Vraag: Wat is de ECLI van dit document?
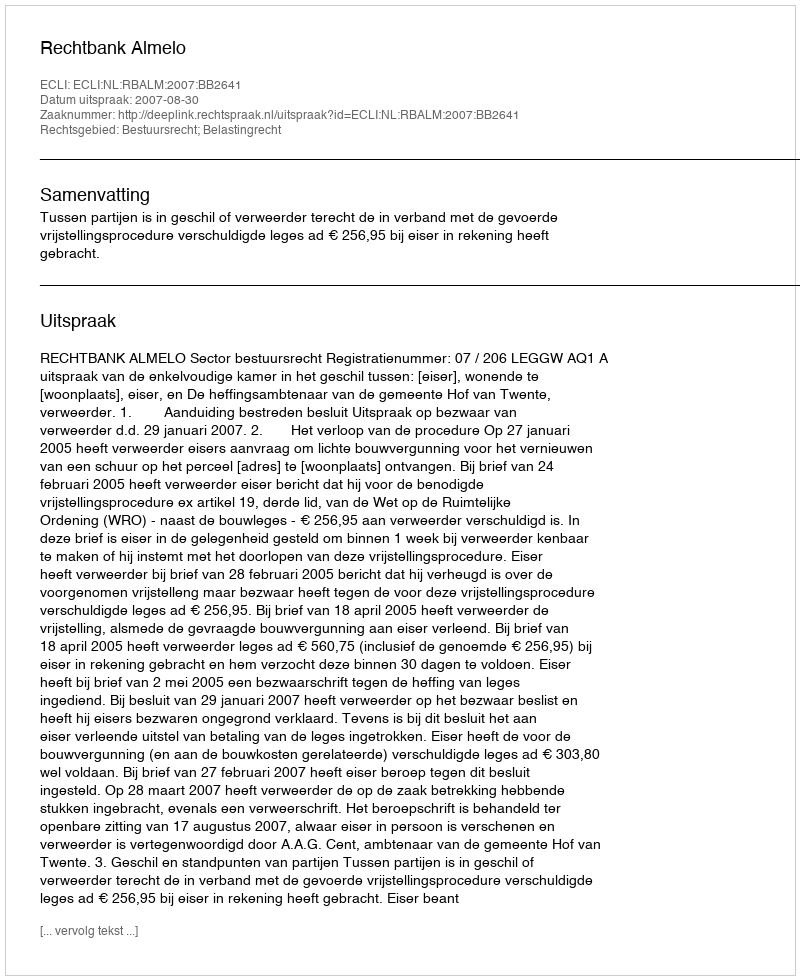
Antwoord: ECLI:NL:RBALM:2007:BB2641